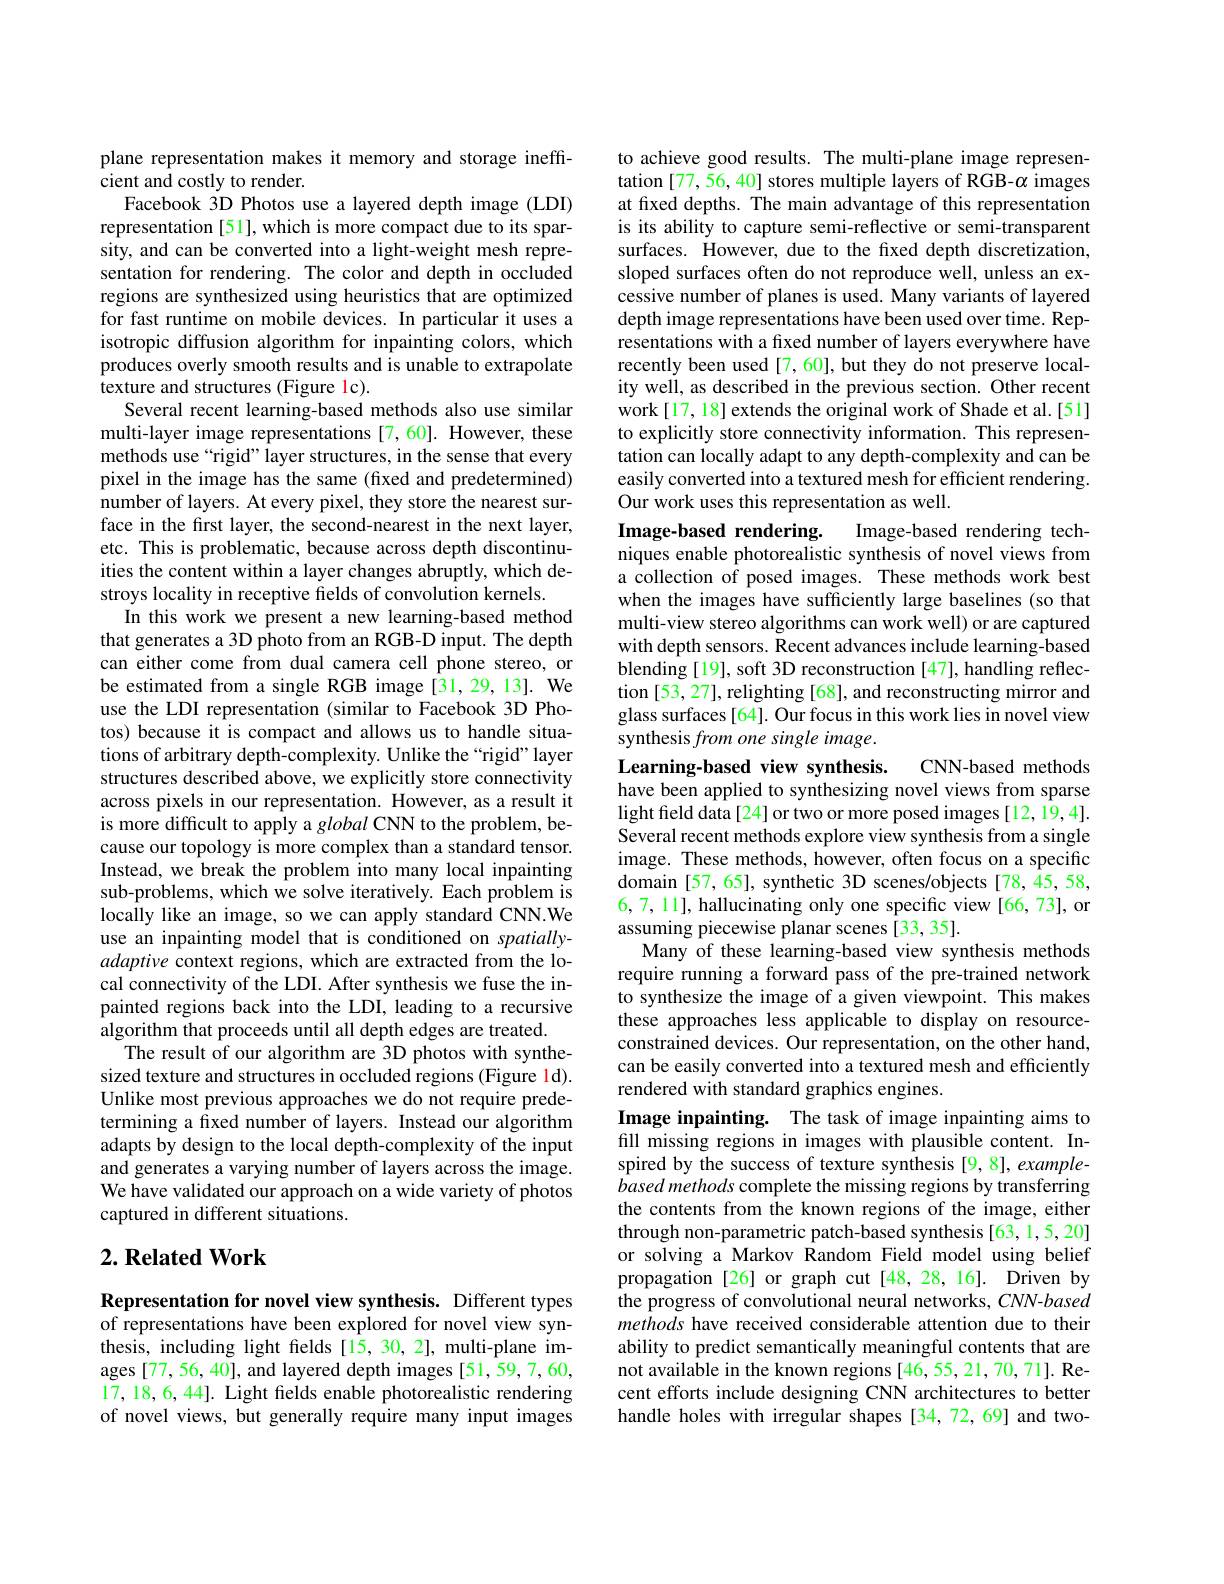
plane representation makes it memory and storage ineff-
cient and costly to render.
Facebook 3D Photos use a layered depth image (LDI) representation [51], which is more compact due to its sparsity, and can be converted into a light-weight mesh representation for rendering. The color and depth in occluded regions are synthesized using heuristics that are optimized for fast runtime on mobile devices. In particular it uses a isotropic diffusion algorithm for inpainting colors, which produces overly smooth results and is unable to extrapolate texture and structures (Figure lc).
Several recent learning-based methods also use similar multi-layer image representations [7,60]. However, these methods use“rigid”layer structures, in the sense that every pixel in the image has the same (fixed and predetermined) number of layers. At every pixel, they store the nearest surface in the first layer, the second-nearest in the next layer, etc. This is problematic, because across depth discontinuities the content within a layer changes abruptly, which destroys locality in receptive fields of convolution kernels.
In this work we present a new learning-based method that generates a 3D photo from an RGB-D input. The depth can either come from dual camera cell phone stereo, or be estimated from a single RGB image [31,29,13]. We use the LDI representation (similar to Facebook 3D Photos) because it is compact and allows us to handle situations of arbitrary depth-complexity. Unlike the“rigid” layer structures described above, we explicitly store connectivity across pixels in our representation. However, as a result it is more difficult to apply a global CNN to the problem, because our topology is more complex than a standard tensor. Instead, we break the problem into many local inpainting sub-problems, which we solve iteratively. Each problem is locally like an image, so we can apply standard CNN.We use an inpainting model that is conditioned on spatiallyadaptive context regions, which are extracted from the local connectivity of the LDI. After synthesis we fuse the inpainted regions back into the LDI, leading to a recursive algorithm that proceeds until all depth edges are treated.
The result of our algorithm are 3D photos with synthesized texture and structures in occluded regions (Figure 1d). Unlike most previous approaches we do not require predetermining a fixed number of layers. Instead our algorithm adapts by design to the local depth-complexity of the input and generates a varying number of layers across the image. We have validated our approach on a wide variety of photos captured in different situations.

## $2. \textbf{Related Work}$

Representation for novel view synthesis. Different types of representations have been explored for novel view synthesis, including light fields[15,30,2], multi-plane images [77,56,40], and layered depth images [51,59,7,60, 17, 18, 6, 44]. Light fields enable photorealistic rendering of novel views, but generally require many input images

to achieve good results. The multi-plane image representation [77,56,40] stores multiple layers of RGB-$\alpha$ images at fixed depths. The main advantage of this representation is its ability to capture semi-reflective or semi-transparent surfaces. However, due to the fixed depth discretization, sloped surfaces often do not reproduce well, unless an excessive number of planes is used. Many variants of layered depth image representations have been used over time. Representations with a fixed number of layers everywhere have recently been used [7, 60], but they do not preserve locality well, as described in the previous section. Other recent work[17, 18] extends the original work of Shade et al.[51] to explicitly store connectivity information. This representation can locally adapt to any depth-complexity and can be easily converted into a textured mesh for efficient rendering. Our work uses this representation as well.

Image-based rendering. Image-based rendering techniques enable photorealistic synthesis of novel views from a collection of posed images. These methods work best when the images have sufficiently large baselines (so that multi-view stereo algorithms can work well) or are captured with depth sensors. Recent advances include learning-based blending [19], soft 3D reconstruction [47], handling reflection [53, 27], relighting [68], and reconstructing mirror and glass surfaces[64]. Our focus in this work lies in novel view synthesis from one single image.

### Learning-based view synthesis.
have been applied to synthesizing novel views from sparse

CNN-based methods
light field data[24] or two or more posed images [12, 19, 4]. Several recent methods explore view synthesis from a single image. These methods, however, often focus on a specific domain [57, 65], synthetic 3D scenes/objects [78, 45, 58, 6,7, 11], hallucinating only one specific view [66, 73], or assuming piecewise planar scenes [33, 35].
Many of these learning-based view synthesis methods require running a forward pass of the pre-trained network to synthesize the image of a given viewpoint. This makes these approaches less applicable to display on resourceconstrained devices. Our representation, on the other hand, can be easily converted into a textured mesh and efficiently rendered with standard graphics engines.
Image inpainting. The task of image inpainting aims to fill missing regions in images with plausible content. Inspired by the success of texture synthesis [9,8], example- $\dot{b}asedmethods$ complete the missing regions by transferring the contents from the known regions of the image, either through non-parametric patch-based synthesis [63,1,5,20] or solving a Markov Random Field model using belief propagation [26] or graph cut[48,28,16]. Driven by the progress of convolutional neural networks, CNN-based methods have received considerable attention due to their ability to predict semantically meaningful contents that are not available in the known regions [46,55,21,70,71]. Recent efforts include designing CNN architectures to better handle holes with irregular shapes[34,72,69] and two-